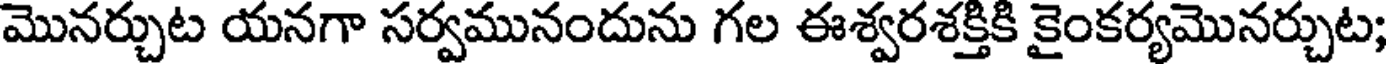
మొనర్చుట యనగా సర్వమునందును గల ఈశ్వరశక్తికి కైంకర్యమొనర్చుట;